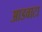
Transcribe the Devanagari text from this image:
आडवाटा